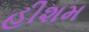
હીશમ